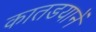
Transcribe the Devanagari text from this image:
कातडयानें